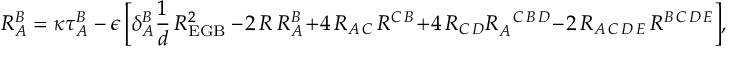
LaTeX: R _ { A } ^ { B } = \kappa \tau _ { A } ^ { B } \, - \, \epsilon \, \biggl [ \delta _ { A } ^ { B } \frac { 1 } { d } \, { \cal R } _ { \mathrm { E G B } } ^ { 2 } \, - 2 \, R \, R _ { A } ^ { B } + 4 \, R _ { A \, C } \, R ^ { C \, B } + 4 \, R _ { C \, D } R _ { A } ^ { ~ ~ C \, B \, D } - 2 \, R _ { A \, C \, D \, E } \, R ^ { B \, C \, D \, E } \biggr ] ,